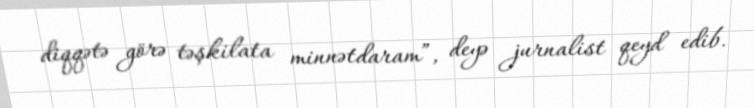
diqqətə görə təşkilata minnətdaram”, deyə jurnalist qeyd edib.